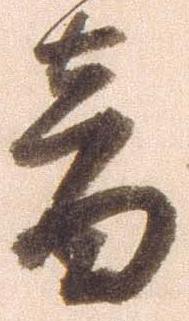
音